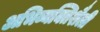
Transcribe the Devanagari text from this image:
अभिव्यक्तिशैली